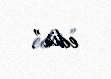
edir”.